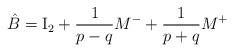
LaTeX: \begin{align*}\hat B = {\rm I}_2 + {1 \over p-q} M^- + {1 \over p+q} M^+\end{align*}